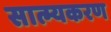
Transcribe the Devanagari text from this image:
सात्म्यकरण